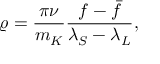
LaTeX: \varrho = { \frac { \pi \nu } { m _ { K } } } { \frac { f - \bar { f } } { \lambda _ { S } - \lambda _ { L } } } ,